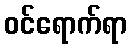
ဝင်ရောက်ရာ